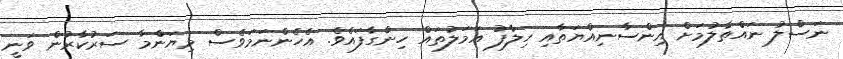
ނަސްލު ނައްތާލުމަށް އިންސާނިއްޔަތާއި ހިލާފު އަމަލުތައް ހިންގާފައެވެ. އެހެންނަމަވެސް މިޔަންމާ ސަރުކާރުން ވަނީ